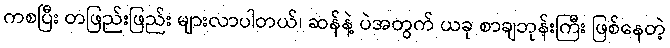
ကစပြီး တဖြည်းဖြည်း များလာပါတယ်၊ ဆန်နဲ့ ပဲအတွက် ယခု စာချဘုန်းကြီး ဖြစ်နေတဲ့